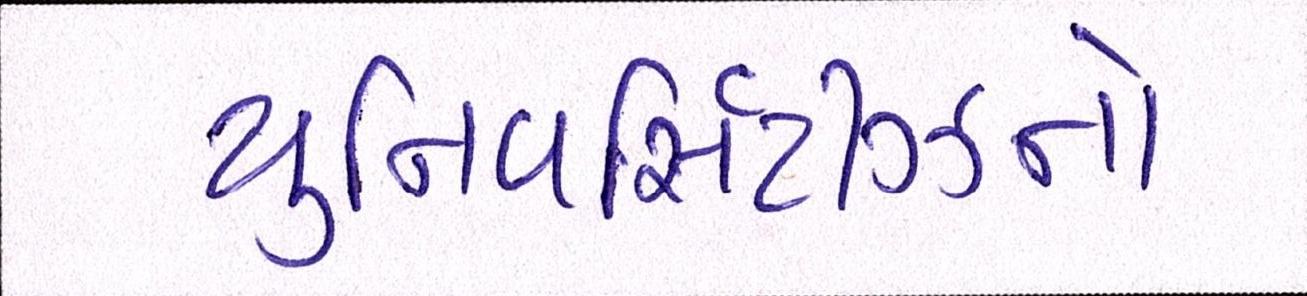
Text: યુનિવર્સિટીઝનો